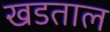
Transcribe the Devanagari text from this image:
खडताल